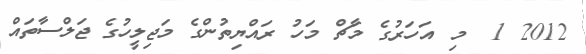
2012 1  މި އަހަރުގެ މާޗް މަހު ރައްޔިތުންގެ މަޖިލީހުގެ ޖަލްސާތައް